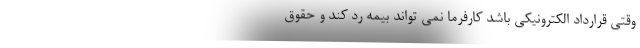
وقتی قرارداد الکترونیکی باشد کارفرما نمی تواند بیمه رد کند و حقوق